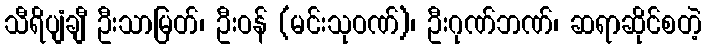
သီရိပျံချီ ဦးသာမြတ်၊ ဦးဝန် (မင်းသုဝဏ်)၊ ဦးဂုဏ်ဘဏ်၊ ဆရာဆိုင်စတဲ့